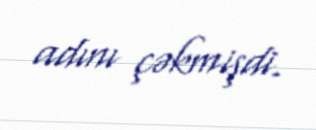
adını çəkmişdi.